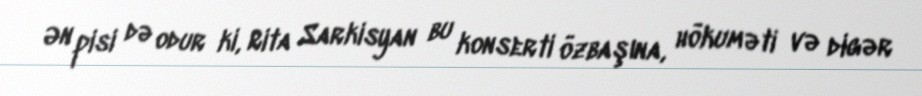
Ən pisi də odur ki, Rita Sarkisyan bu konserti özbaşına, hökuməti və digər